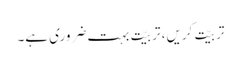
تربیّت کریں، تربیّت بہت ضروری ہے۔